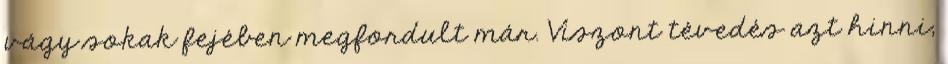
vágy sokak fejében megfordult már. Viszont tévedés azt hinni,